Indian journal of veterinary science and animal husbandry - Volumes 24-25, 1954-1955
Year: 1954
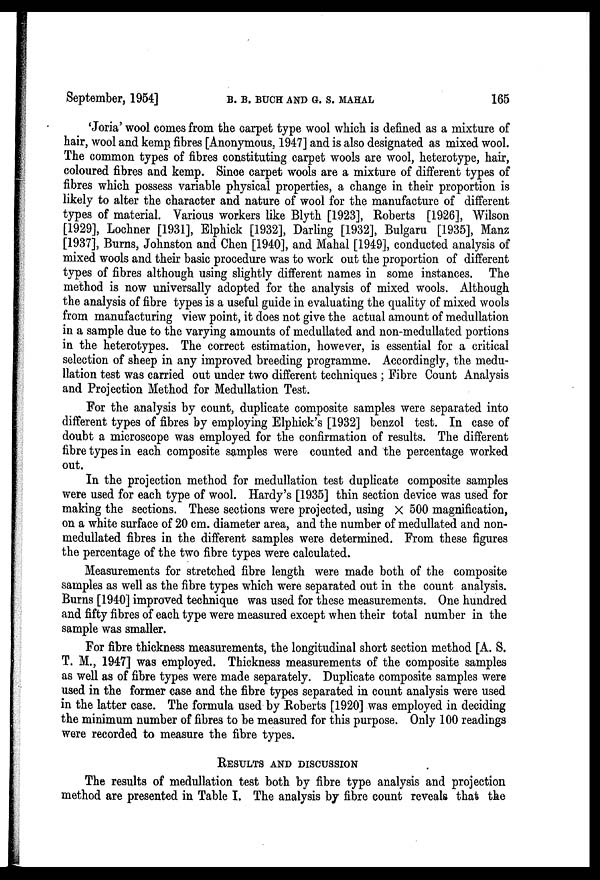
September, 1954]
B.
B.
BUCH
AND
G.
S.
MAHAL
165
'Joria' wool comes from the carpet type wool which is defined as a mixture of
hair, wool and kemp fibres [Anonymous, 1947] and is also designated as mixed wool.
The common types of fibres constituting carpet wools are wool, heterotype, hair,
coloured fibres and kemp. Since carpet wools are a mixture of different types of
fibres which possess variable physical properties, a change in their proportion is
likely to alter the character and nature of wool for the manufacture of different
types of material. Various workers like Blyth [1923], Roberts [1926], Wilson
[1929], Lochner [1931], Elphick [1932], Darling [1932], Bulgaru [1935], Manz
[1937], Burns, Johnston and Chen [1940], and Mahal [1949], conducted analysis of
mixed wools and their basic procedure was to work out the proportion of different
types of fibres although using slightly different names in some instances. The
method is now universally adopted for the analysis of mixed wools. Although
the analysis of fibre types is a useful guide in evaluating the quality of mixed wools
from manufacturing view point, it does not give the actual amount of medullation
in a sample due to the varying amounts of medullated and non-medullated portions
in the heterotypes. The correct estimation, however, is essential for a critical
selection of sheep in any improved breeding programme. Accordingly, the medu-
llation test was carried out under two different techniques ; Fibre Count Analysis
and Projection Method for Medullation Test.
For the analysis by count, duplicate composite samples were separated into
different types of fibres by employing Elphick's [1932] benzol test. In case of
doubt a microscope was employed for the confirmation of results. The different
fibre types in each composite samples were counted and the percentage worked
out.
In the projection method for medullation test duplicate composite samples
were used for each type of wool. Hardy's [1935] thin section device was used for
making the sections. These sections were projected, using X 500 magnification,
on a white surface of 20 cm. diameter area, and the number of medullated and non-
medullated fibres in the different samples were determined. From these figures
the percentage of the two fibre types were calculated.
Measurements for stretched fibre length were made both of the composite
samples as well as the fibre types which were separated out in the count analysis.
Burns [1940] improved technique was used for these measurements. One hundred
and fifty fibres of each type were measured except when their total number in the
sample was smaller.
For fibre thickness measurements, the longitudinal short section method [A. S.
T. M., 1947] was employed. Thickness measurements of the composite samples
as well as of fibre types were made separately. Duplicate composite samples were
used in the former case and the fibre types separated in count analysis were used
in the latter case. The formula used by Roberts [1920] was employed in deciding
the minimum number of fibres to be measured for this purpose. Only 100 readings
were recorded to measure the fibre types.
RESULTS AND DISCUSSION
The results of medullation test both by fibre type analysis and projection
method are presented in Table I. The analysis by fibre count reveals that the